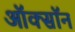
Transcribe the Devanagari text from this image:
ऑक्सॉन